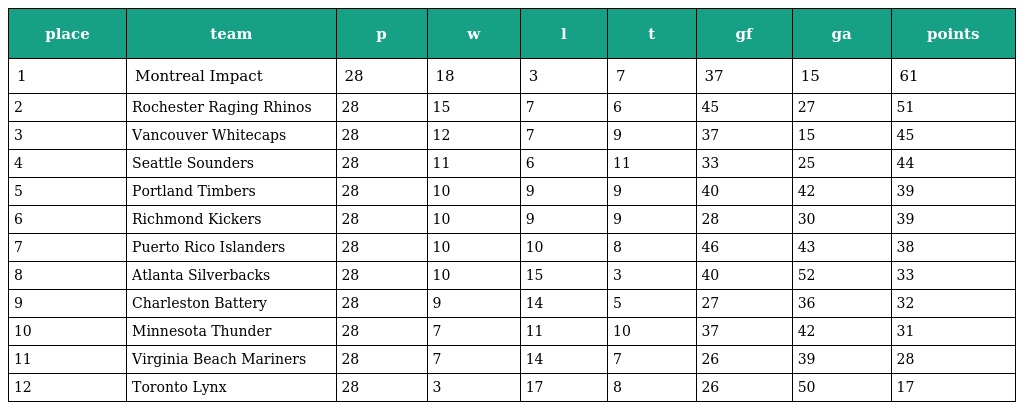
| place | team | p | w | l | t | gf | ga | points |
 | --- | --- | --- | --- | --- | --- | --- | --- | --- |
 | 1 | Montreal Impact | 28 | 18 | 3 | 7 | 37 | 15 | 61 |
 | 2 | Rochester Raging Rhinos | 28 | 15 | 7 | 6 | 45 | 27 | 51 |
 | 3 | Vancouver Whitecaps | 28 | 12 | 7 | 9 | 37 | 15 | 45 |
 | 4 | Seattle Sounders | 28 | 11 | 6 | 11 | 33 | 25 | 44 |
 | 5 | Portland Timbers | 28 | 10 | 9 | 9 | 40 | 42 | 39 |
 | 6 | Richmond Kickers | 28 | 10 | 9 | 9 | 28 | 30 | 39 |
 | 7 | Puerto Rico Islanders | 28 | 10 | 10 | 8 | 46 | 43 | 38 |
 | 8 | Atlanta Silverbacks | 28 | 10 | 15 | 3 | 40 | 52 | 33 |
 | 9 | Charleston Battery | 28 | 9 | 14 | 5 | 27 | 36 | 32 |
 | 10 | Minnesota Thunder | 28 | 7 | 11 | 10 | 37 | 42 | 31 |
 | 11 | Virginia Beach Mariners | 28 | 7 | 14 | 7 | 26 | 39 | 28 |
 | 12 | Toronto Lynx | 28 | 3 | 17 | 8 | 26 | 50 | 17 |